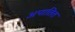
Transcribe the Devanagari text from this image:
अपातित